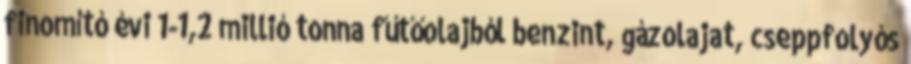
finomító évi 1-1,2 millió tonna fűtőolajból benzint, gázolajat, cseppfolyós